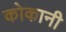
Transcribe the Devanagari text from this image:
कोकानी